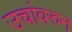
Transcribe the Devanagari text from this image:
उचांवरुन